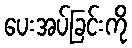
ပေးအပ်ခြင်းကို